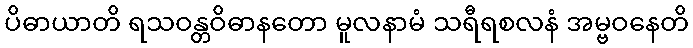
ပိဓာယာတိ ရသဝန္တဝိဓာနတော မူလနာမံ သရီရစလနံ အမ္ဗဝနေတိ